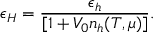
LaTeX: \epsilon _ { H } = { \frac { \epsilon _ { h } } { [ 1 + V _ { 0 } n _ { h } ( T , \mu ) ] } } .